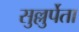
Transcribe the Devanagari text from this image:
सुल्लुर्पेता